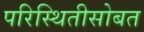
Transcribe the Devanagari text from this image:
परिस्थितीसोबत